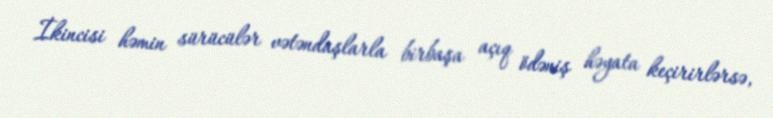
İkincisi həmin sürücülər vətəndaşlarla birbaşa açıq ödəniş həyata keçirirlərsə,